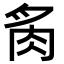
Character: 䏑